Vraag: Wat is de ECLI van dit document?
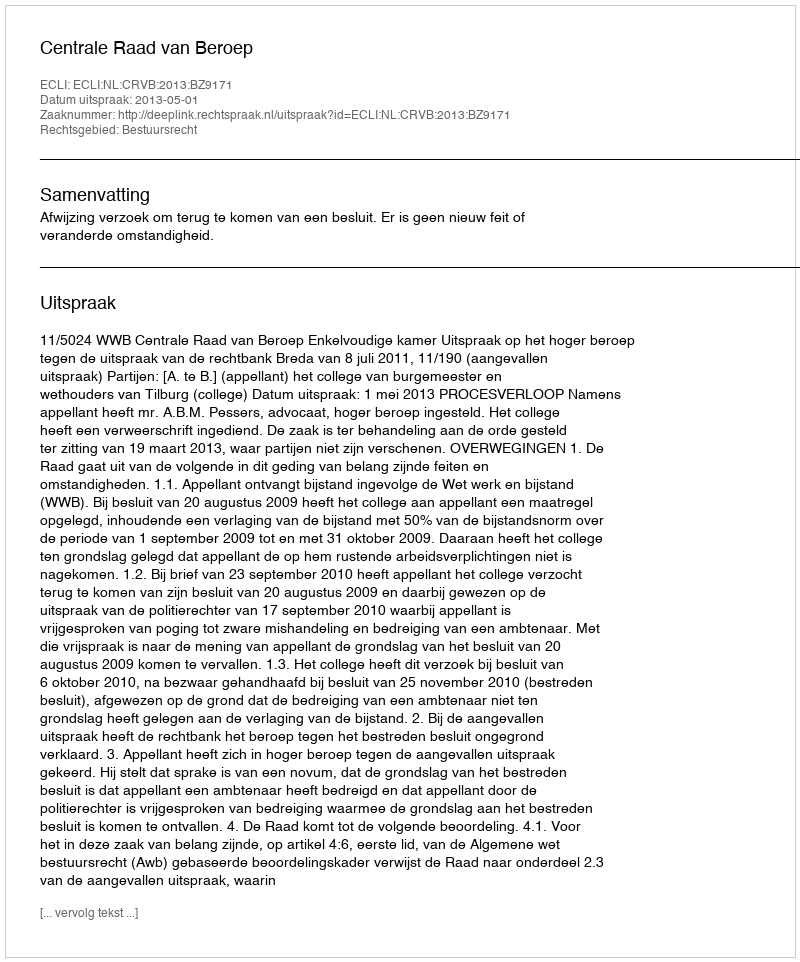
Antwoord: ECLI:NL:CRVB:2013:BZ9171